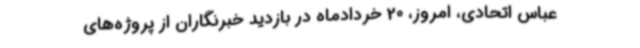
عباس اتحادی، امروز، 20 خردادماه در بازدید خبرنگاران از پروژه‌های